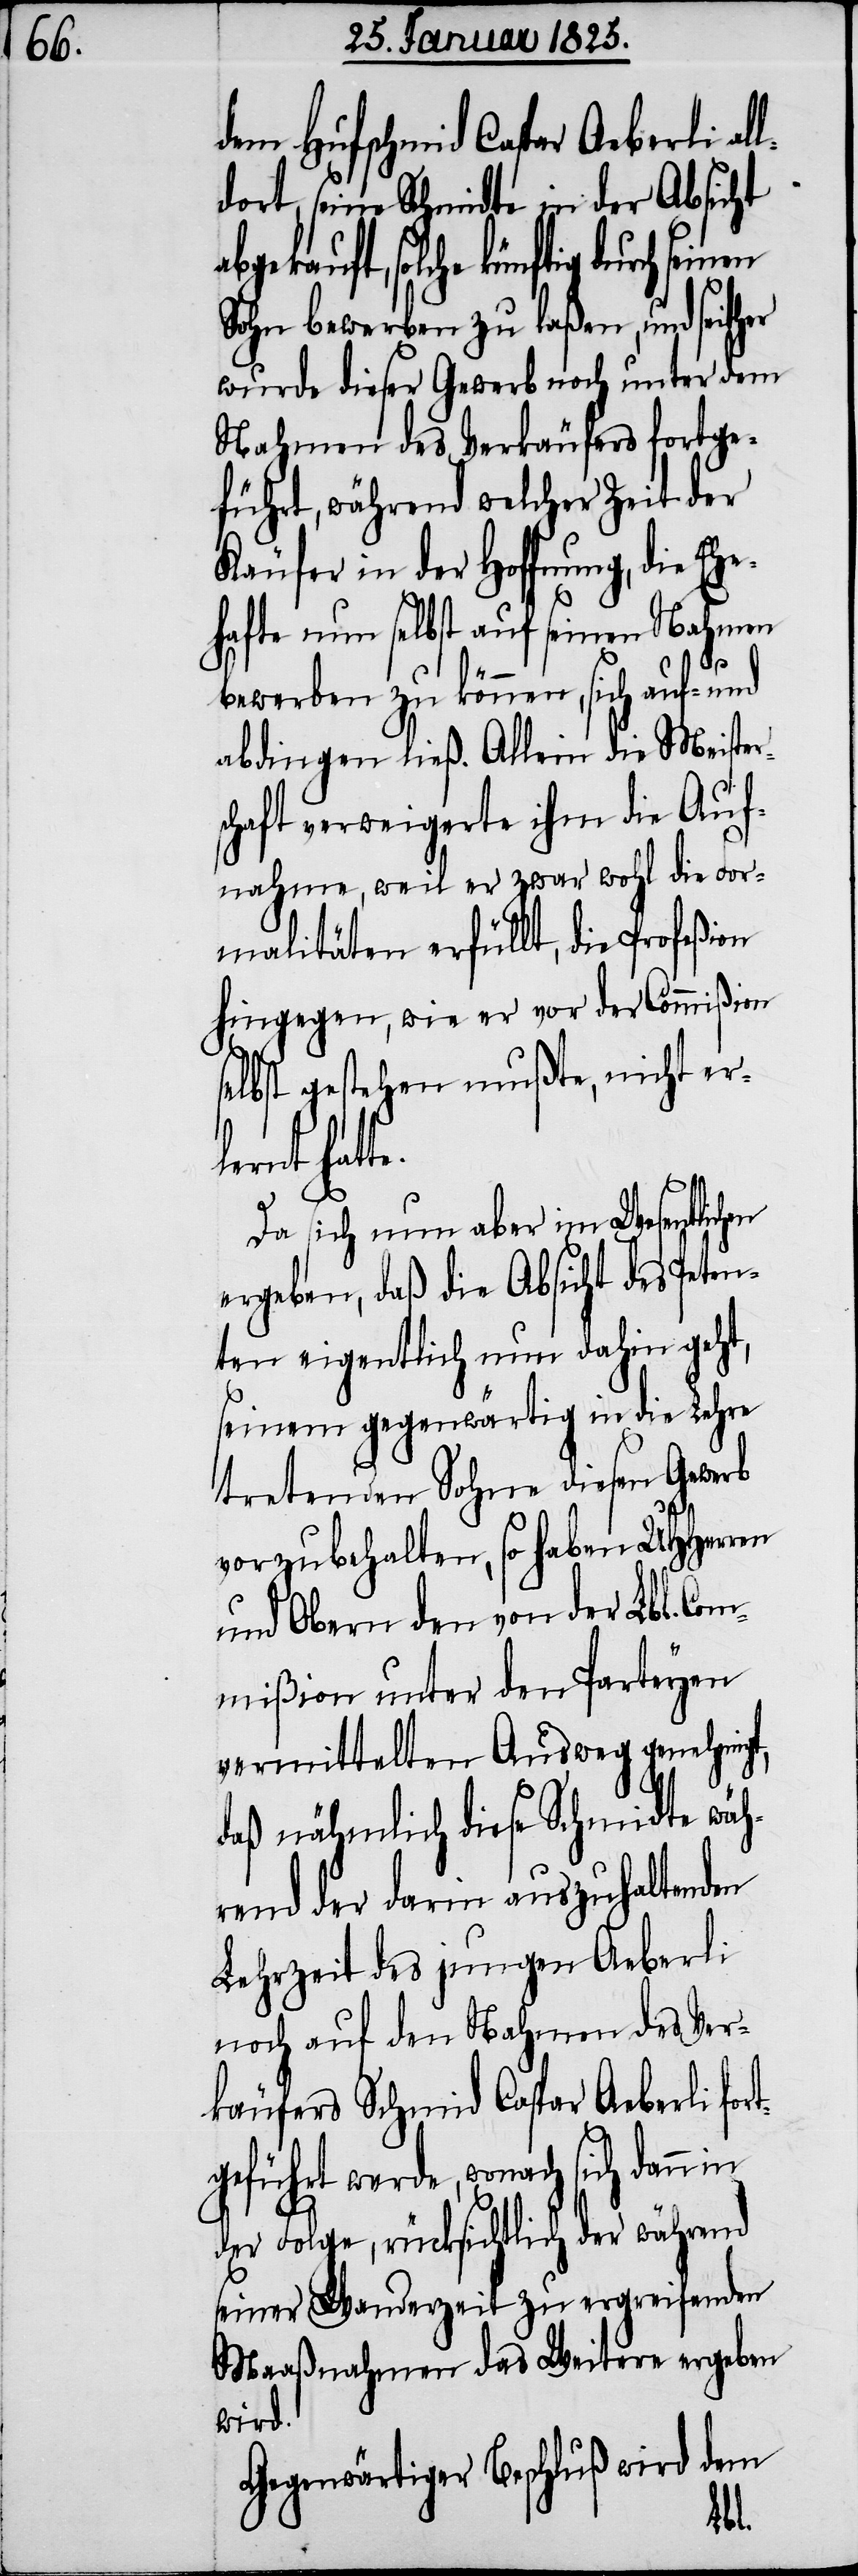
er

dem Hufschmid Caspar Aeberli al¬
ldort, seine Schmidte in der Absicht
abgekauft, solche künftig durch
Sohn bewerben zu laßen, und seith¬
wurde dieser Gewerb noch unter dem
Nahmen des Verkäufers fortge¬
führt, während welcher Zeit der
Käufer in der Hoffnung, die Eh¬
ehafte nun selbst auf seinen Nahmen
bewerben zu können, sich auf- und
abdingen ließ. Allein die Meister¬
schaft verweigerte ihm die Auf¬
nahme, weil er zwar wohl die For¬
malitäten erfüllt, die Profeßion
hingegen, wie er vor der Commißion
selbst gestehen mußte, nicht erl¬
ernt hatte.
Da sich nun aber im Wesentlichen
ergeben, daß die Absicht des Peten¬
ten eigentlich nun dahin geht,
seinem gegenwärtig in die Lehre
tretenden Sohne diesen Gewerb
vorzubehalten, so haben UHHerren
und Obern den von der Lbl. Co¬
mmißion unter den Parteyen
vermittelten Ausweg genehmigt,
daß nähmlich diese Schmidte wäh¬
rend der darin auszuhaltenden
Lehrzeit des jungen Aeberli
noch auf den Nahmen des Ver¬
käufers Schmid Caspar Aeberli for¬
tgeführt werde, wonach sich dann in
der Folge, rücksichtlich der während
seiner Wanderzeit zu ergreifenden
Maaßnahmen das Weitere ergeben
wird.
Gegenwärtiger Beschluß wird dem